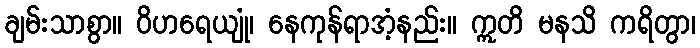
ချမ်းသာစွာ။ ဝိဟရေယျုံ၊ နေကုန်ရာအံ့နည်း။ ဣတိ မနသိ ကရိတွာ၊